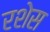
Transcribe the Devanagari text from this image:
रशेस